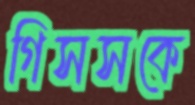
গিসসকে